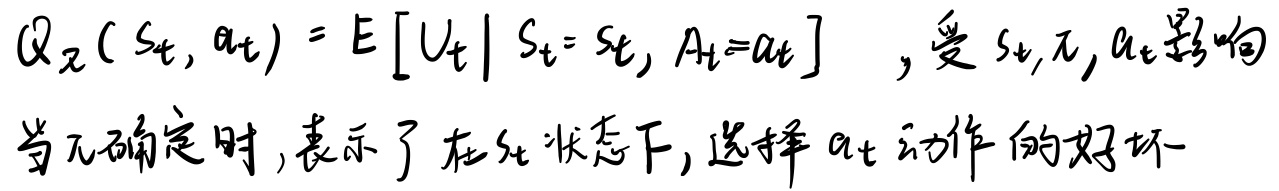
\(Q_{\pi}(s_{t}, a_{t}) = E[U_{t}\mid S_{t}= s_{t}, A_{t}=a_{t}]\)，该值受 \(s_{t}\)、\(\pi\)、\(a_{t}\)影响。当\(\pi\)确定时，表示了在\(s_{t}\)状态下，选择\(a_{t}\)动作的好坏。